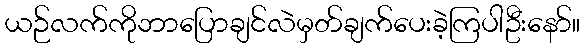
ယဉ်လက်ကိုဘာပြောချင်လဲမှတ်ချက်ပေးခဲ့ကြပါဦးနော်။